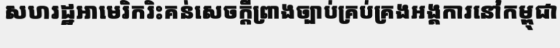
សហរដ្ឋអាមេរិករិះគន់សេចក្តីព្រាងច្បាប់គ្រប់គ្រងអង្គការនៅកម្ពុជា